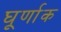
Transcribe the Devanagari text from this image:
घूर्णाक